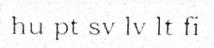
hu pt sv lv lt fi